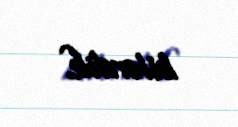
bilərdik.